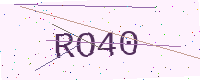
Text: RO40